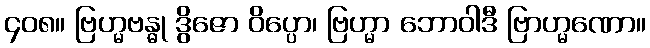
၄၀၈။ ဗြဟ္မဗန္ဓု ဒွိဇော ဝိပ္ပော၊ ဗြဟ္မာ ဘောဝါဒီ ဗြာဟ္မဏော။